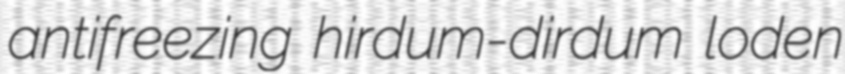
antifreezing hirdum-dirdum loden